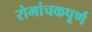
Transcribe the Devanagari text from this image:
रोमांचकपूर्ण